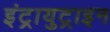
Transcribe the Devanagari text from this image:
इंट्रायुट्राइन